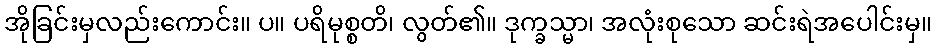
အိုခြင်းမှလည်းကောင်း။ ပ။ ပရိမုစ္စတိ၊ လွတ်၏။ ဒုက္ခသ္မာ၊ အလုံးစုသော ဆင်းရဲအပေါင်းမှ။